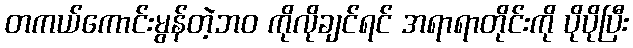
တကယ်ကောင်းမွန်တဲ့ဘဝ ကိုလိုချင်ရင် အရာရာတိုင်းကို ပိုပိုပြီး